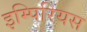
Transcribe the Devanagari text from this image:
इम्पिरियस